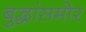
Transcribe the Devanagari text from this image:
बुद्धांसमोर